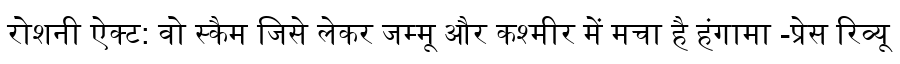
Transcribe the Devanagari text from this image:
रोशनी ऐक्ट: वो स्कैम जिसे लेकर जम्मू और कश्मीर में मचा है हंगामा -प्रेस रिव्यू